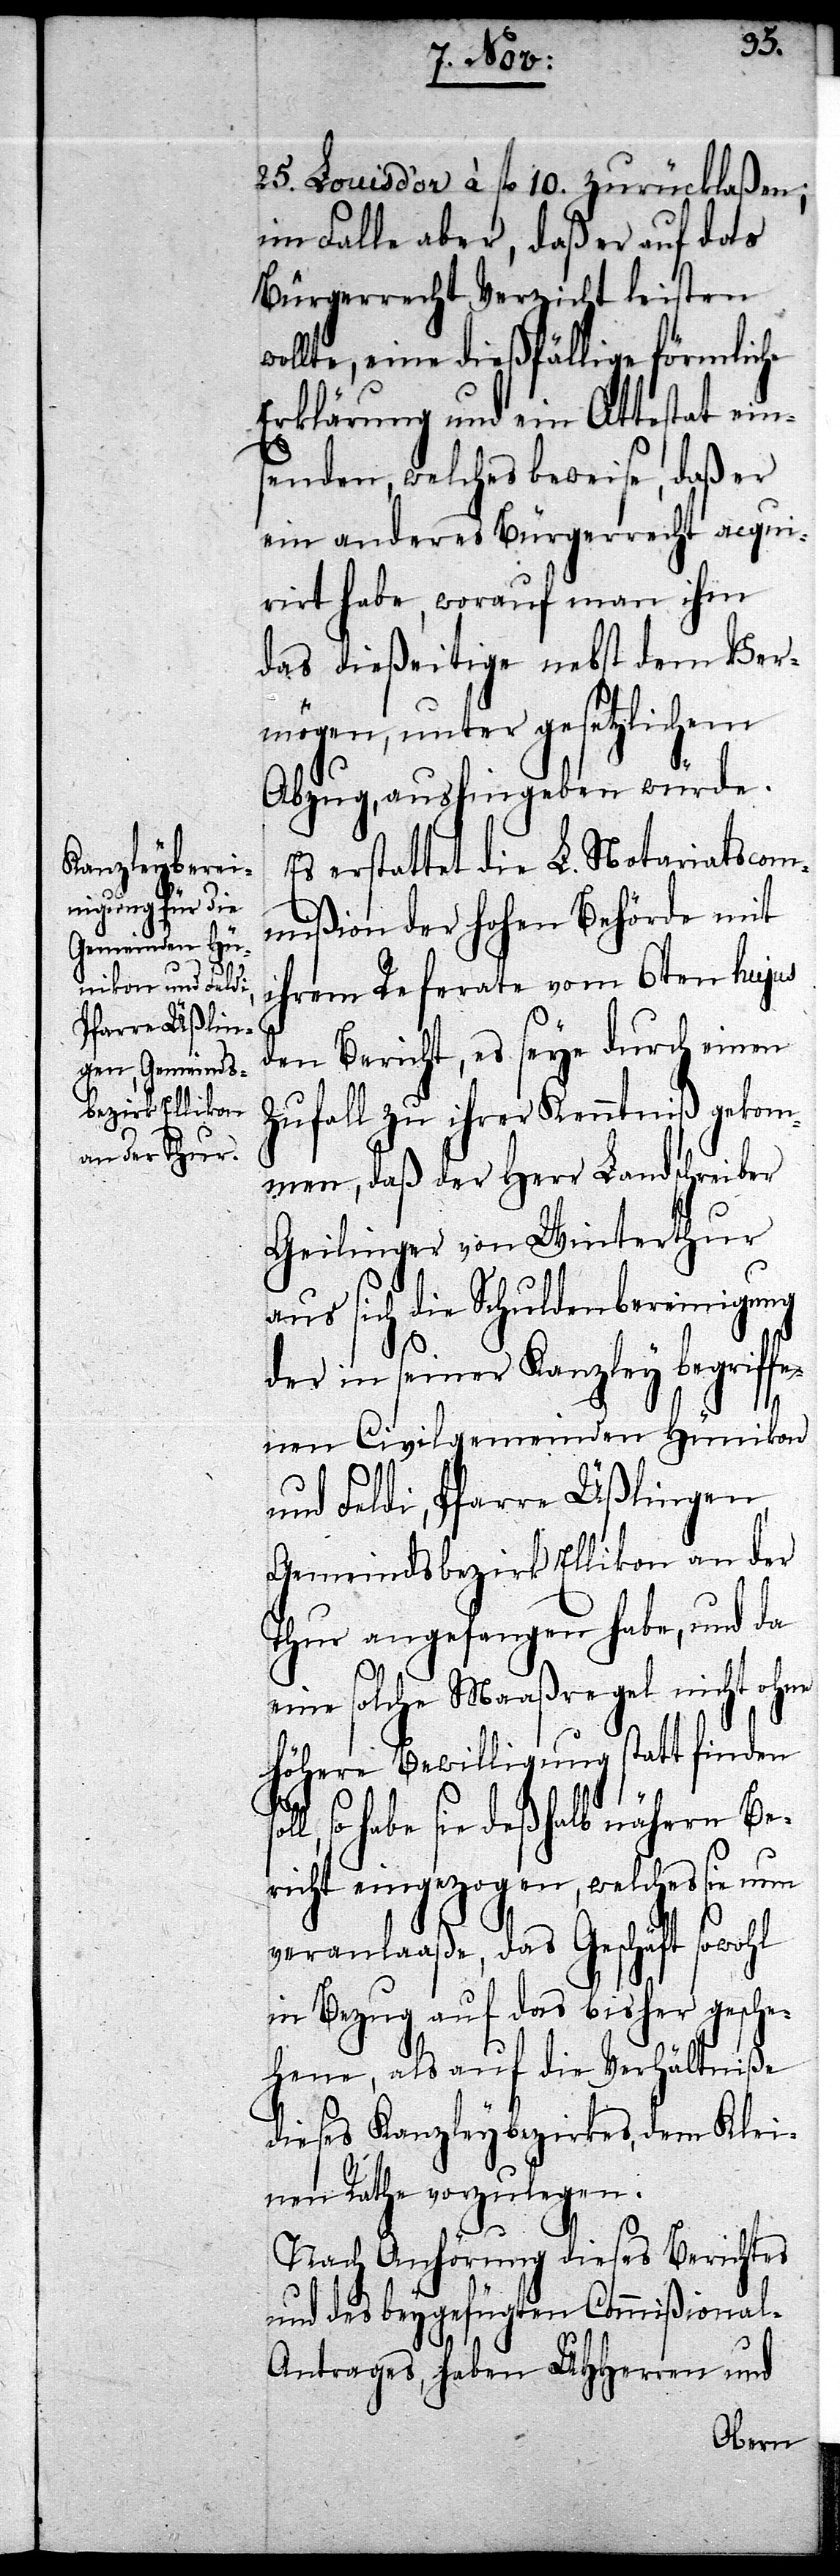
25. Louisd’or à fl. 10. zurücklaßen;
im Falle aber, daß er auf das
Bürgerrecht Verzicht leisten
wollte, eine dießfällige förmliche
Erklärung und ein Attestat eins¬
enden, welches beweise, daß er
ein anderes Bürgerrecht acqui¬
rirt habe, worauf man ihm
das dießeitige nebst dem Ver¬
mögen, unter gesetzlichem
Abzug, aushingeben würde.
Es erstattet die L. Notariatscom¬
mißion der Hohen Behörde mit
ihrem Referate vom 6ten hujus
den Bericht, es seye durch einen
Zufall zu ihrer Kenntniß gekom¬
men, daß der Herr Landschreiber
Geilinger von Winterthur
aus sich die Schuldenbereinigung
der in seiner Kanzley begriffe¬
nen Civilgemeinden Hünikon
und Feldi, Pfarre Üßlingen,
Gemeindsbezirk Ellikon an der
Thur angefangen habe, und da
eine solche Maaßregel nicht ohne
höhere Bewilligung statt finden
so habe sie deßhalb nähern Be¬
richt eingezogen, welches sie nun
veranlaaße, das Geschäft sowohl
in Bezug auf das bisher gesche¬
hene, als auf die Verhältniße
dieses Kanzleybezirkes, dem Klei¬
nen Rathe vorzulegen.
Nach Anhörung dieses Berichtes
und des beygefügten Commißional-A¬
ntrages, haben UHHerren und